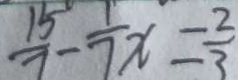
\frac { 1 5 } { 7 } - \frac { 1 } { 7 } x = \frac { 2 } { 3 }